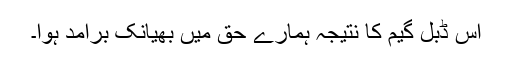
اس ڈبل گیم کا نتیجہ ہمارے حق میں بھیانک برامد ہوا۔